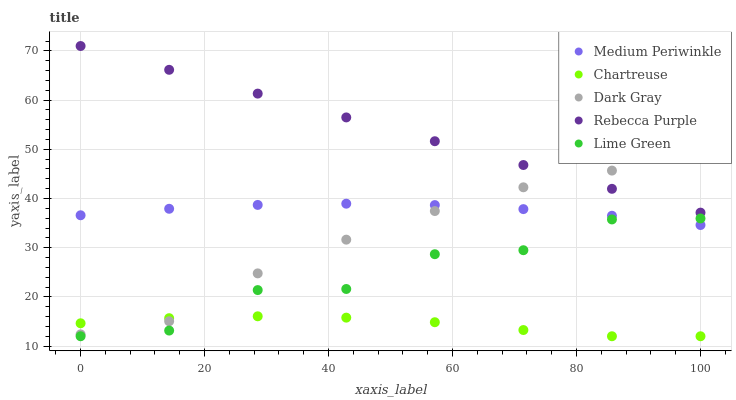
| xaxis_label | Medium Periwinkle | Chartreuse | Dark Gray | Rebecca Purple | Lime Green |
 | --- | --- | --- | --- | --- | --- |
 | 0 | 36.6 | 14.6 | 12.4 | 71 | 12 |
 | 14.3 | 37.9 | 15.7 | 15 | 66.2 | 13.2 |
 | 28.6 | 38.7 | 16.1 | 24.8 | 61.3 | 21.4 |
 | 42.9 | 38.9 | 15.8 | 31.6 | 56.5 | 21.6 |
 | 57.1 | 38.7 | 14.9 | 37.5 | 51.6 | 28.7 |
 | 71.4 | 37.8 | 13.3 | 42.3 | 46.8 | 29.5 |
 | 85.7 | 36.5 | 12 | 45.7 | 42 | 35.7 |
 | 100 | 34.6 | 12 | 54.7 | 37.1 | 35.9 |